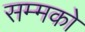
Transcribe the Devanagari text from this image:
सम्मको